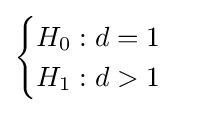
{\begin{cases}H_{0}:d=1\\H_{1}:d>1\end{cases}}